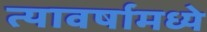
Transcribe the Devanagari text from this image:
त्यावर्षामध्ये